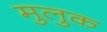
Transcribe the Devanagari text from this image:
मुलुक